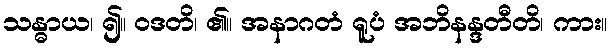
သန္ဓာယ၊ ၍။ ဝဒတိ၊ ၏။ အနာဂတံ ရူပံ အဘိနန္ဒတီတိ၊ ကား။